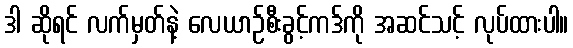
ဒါ ဆိုရင် လက်မှတ်နဲ့ လေယာဉ်စီးခွင့်ကဒ်ကို အဆင်သင့် လုပ်ထားပါ။